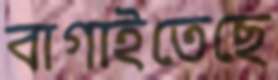
বাগাইতেছে